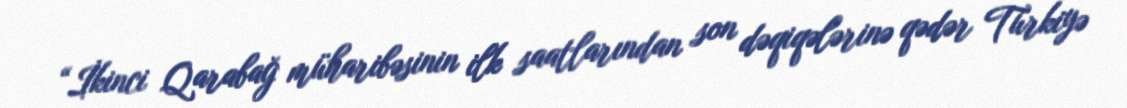
“İkinci Qarabağ müharibəsinin ilk saatlarından son dəqiqələrinə qədər Türkiyə